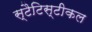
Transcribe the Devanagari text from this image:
स्टैटिस्टीकल